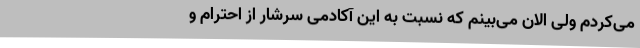
می‌کردم ولی الان می‌بینم که نسبت به این آکادمی سرشار از احترام و